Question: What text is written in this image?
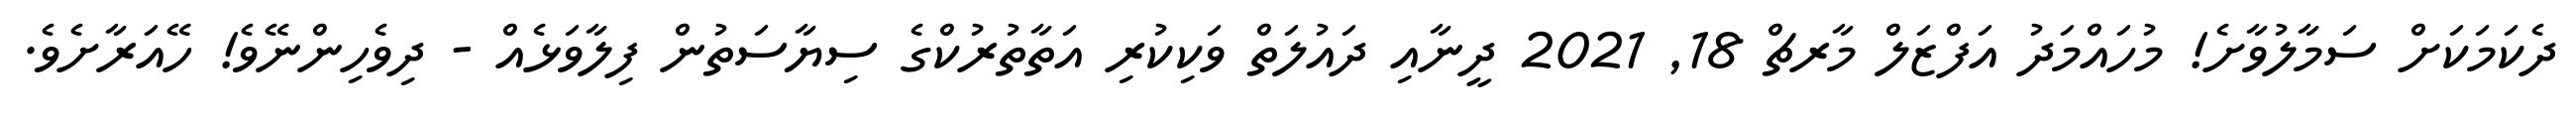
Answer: ދެކަމަކަށް ސަމާލުވާށެ! މުހައްމަދު އަފްޒަލް މާރޗް 18, 2021 ދީނާއި ދައުލަތް ވަކިކުރި އަތާތުރުކްގެ ސިޔާސަތުން ފިލާވަޅެއް - ދިވެހިންނޭވެ! ހޭއަރާށެވެ.